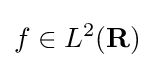
f\in L^{2}(\mathbf {R} )